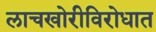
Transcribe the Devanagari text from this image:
लाचखोरीविरोधात